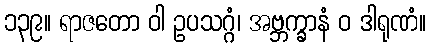
၁၃၉။ ရာဇတော ဝါ ဥပသဂ္ဂံ၊ အဗ္ဘက္ခာနံ ဝ ဒါရုဏံ။